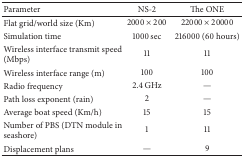
<table><thead><tr><td><b>Parameter</b></td><td><b>NS-2</b></td><td><b>The ONE</b></td></tr></thead><tbody><tr><td>Flat grid/world size (Km)</td><td>2000 × 200</td><td>22000 × 20000</td></tr><tr><td>Simulation time</td><td>1000 sec</td><td>216000 (60 hours)</td></tr><tr><td>Wireless interface transmit speed (Mbps)</td><td>11</td><td>11</td></tr><tr><td>Wireless interface range (m)</td><td>100</td><td>100</td></tr><tr><td>Radio frequency</td><td>2.4 GHz</td><td>—</td></tr><tr><td>Path loss exponent (rain)</td><td>2</td><td>—</td></tr><tr><td>Average boat speed (Km/h)</td><td>15</td><td>15</td></tr><tr><td>Number of PBS (DTN module in seashore)</td><td>1</td><td>11</td></tr><tr><td>Displacement plans</td><td>—</td><td>9</td></tr></tbody></table>